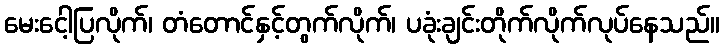
မေးငေါ့ပြလိုက်၊ တံတောင်နှင့်တွက်လိုက်၊ ပခုံးချင်းတိုက်လိုက်လုပ်နေသည်။